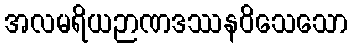
အလမရိယဉာဏဒဿနဝိသေသော